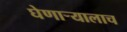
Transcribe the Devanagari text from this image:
घेणार्‍यालाच